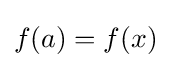
f(a)=f(x)